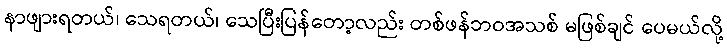
နာဖျားရတယ်၊ သေရတယ်၊ သေပြီးပြန်တော့လည်း တစ်ဖန်ဘဝအသစ် မဖြစ်ချင် ပေမယ်လို့